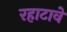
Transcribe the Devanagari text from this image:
रहाटावे